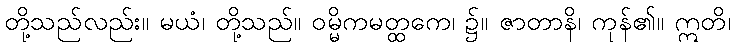
တို့သည်လည်း။ မယံ၊ တို့သည်။ ဝမ္မိကမတ္ထကေ၊ ၌။ ဇာတာနိ၊ ကုန်၏။ ဣတိ၊